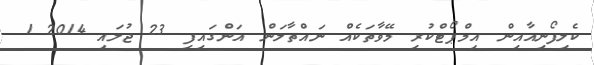
ކެލިފޯނިއާއިން އިމްޕޯޓްކުރި މޭވާތަކެއް ނައްތާލަން އަންގައިފި 23 ޖުލައި 2014 1